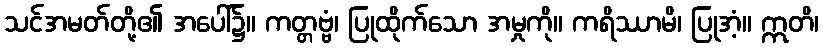
သင်အမတ်တို့၏ အပေါ်၌။ ကတ္တဗ္ဗံ၊ ပြုထိုက်သော အမှုကို။ ကရိဿာမိ၊ ပြုအံ့။ ဣတိ၊